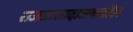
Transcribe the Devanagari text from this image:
राजप्रासादाजवळील